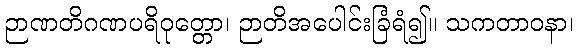
ဉာဏတိဂဏပရိဝုတ္တော၊ ဉာတိအပေါင်းခြံရံ၍။ သကတာဝနာ၊